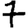
Digit: 7